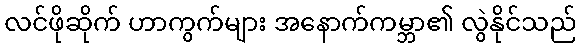
လင်ဖိုဆိုက် ဟာကွက်များ အနောက်ကမ္ဘာ၏ လွဲနိုင်သည်